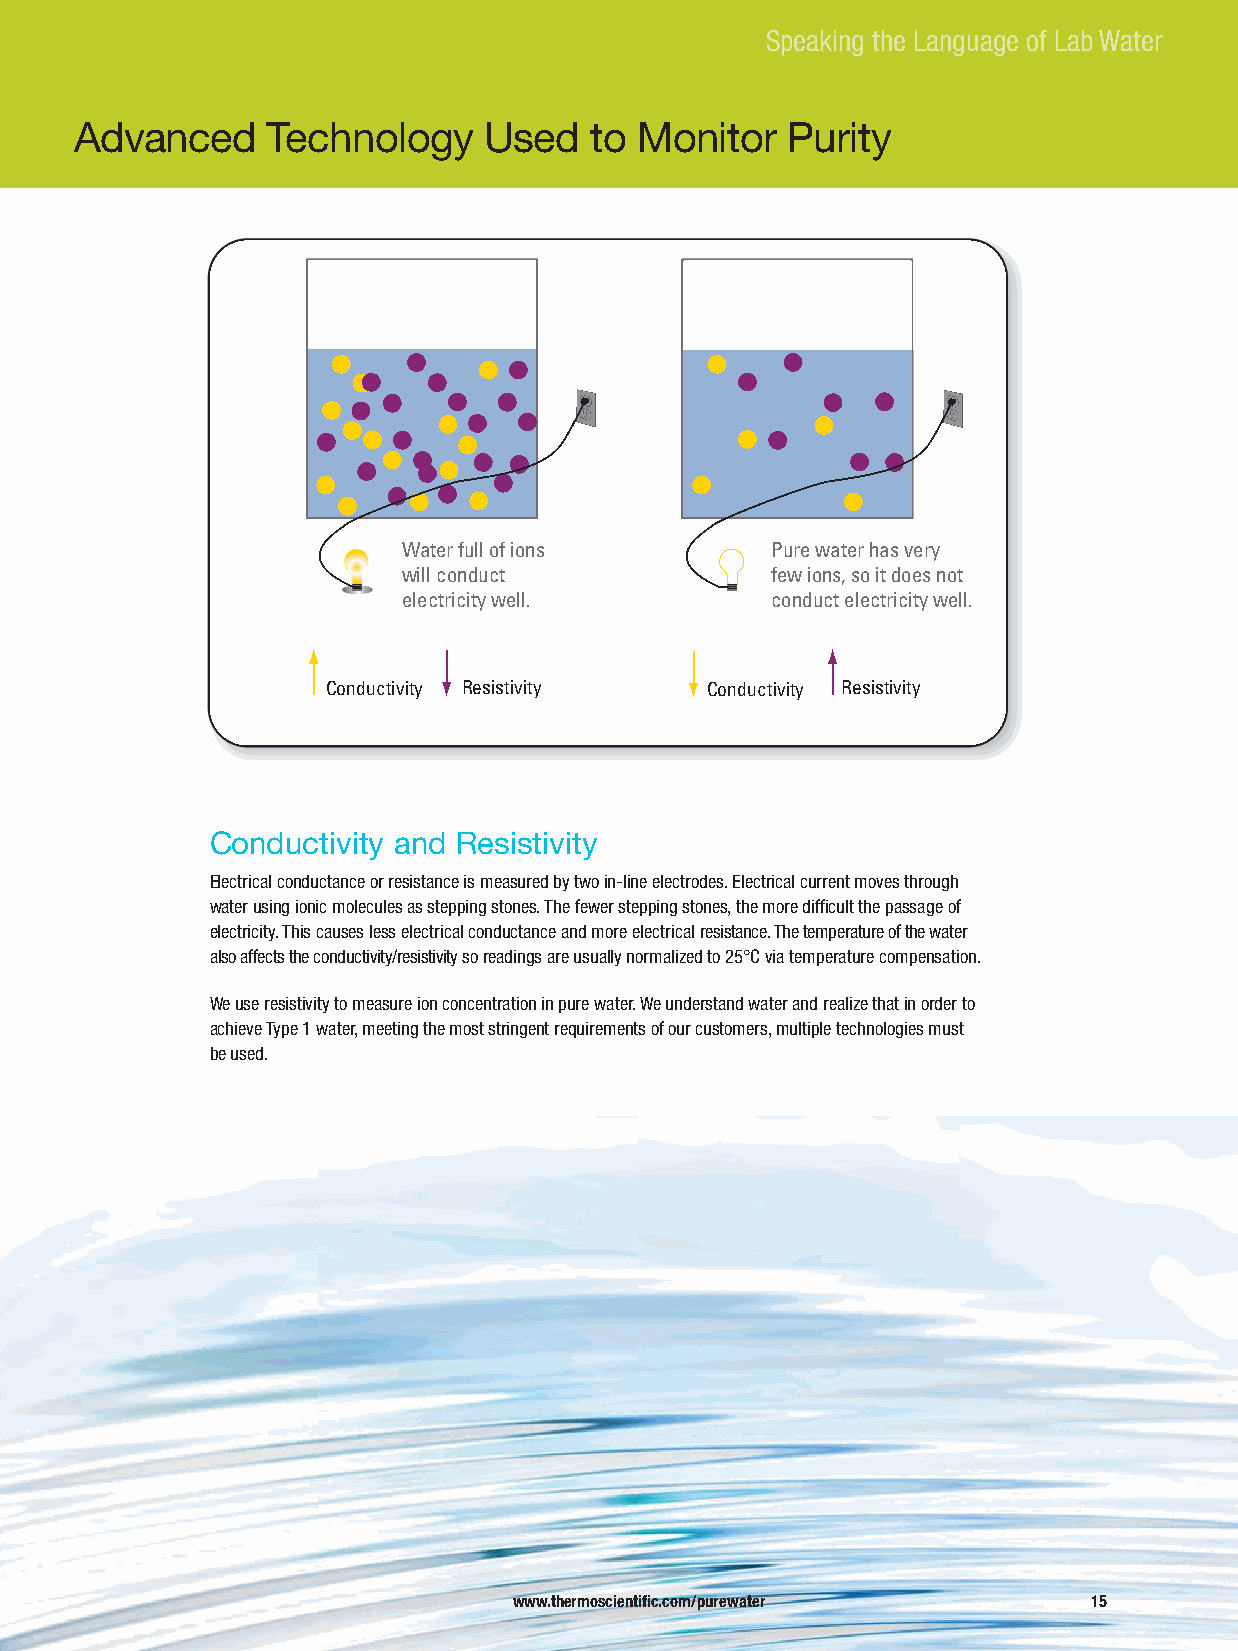
Speaking the Language of Lab Water
 Advanced     Technology    Used   to Monitor   Purity
 Water full of ions      Pure water has very
 will conduct            few ions, so it does not
 electricity well.       conduct electricity well.
 Conductivity Resistivity Conductivity Resistivity
 Conductivity and Resistivity
 Electrical conductance or resistance is measured by two in-line electrodes. Electrical current moves through
 water using ionic molecules as stepping stones. The fewer stepping stones, the more difficult the passage of
 electricity. This causes less electrical conductance and more electrical resistance. The temperature of the water
 also affects the conductivity/resistivityso readings are usually normalized to 25°C via temperature compensation.
 We use resistivity to measure ion concentration in pure water. We understand water and realize that in order to
 achieve Type 1 water, meeting the most stringent requirements of our customers, multiple technologies must
 be used.
 www.thermoscientific.com/purewater    15